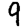
Digit: 9